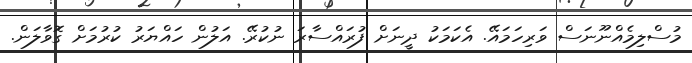
މުސްލިމެއްނޫނަސް ވަރިހަމައޭ. އެކަމަކު ދީނަށް ފުރައްސާރަ ނުކުރޭ. އަލުން ހައްޔަރު ކުރުމަށް ގޮވާލަން.